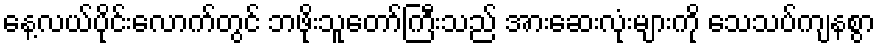
နေ့လယ်ပိုင်းလောက်တွင် ဘဖိုးသူတော်ကြီးသည် အားဆေးလုံးများကို သေသပ်ကျနစွာ